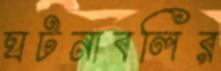
ঘটনাবলির